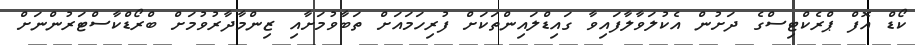
ކޯޑް އޮފް ޕްރެކްޓިސްގެ ދަށުން އެކުލަވާލާފައިވާ ގައިޑްލައިންތަކަށް ފުރިހަމައަށް ތަބާވުމަށާއި ޒިންމާދާރުވުމަށް ބްރޯޑްކާސްޓަރުންނަށް